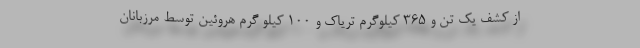
از کشف یک تن و ۳۶۵ کیلوگرم تریاک و ۱۰۰ کیلو گرم هروئین توسط مرزبانان